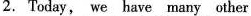
2. Today, we have many other